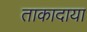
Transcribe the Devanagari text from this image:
ताकादाया